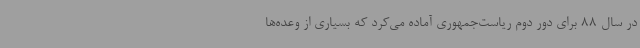
در سال 88 برای دور دوم ریاست‌جمهوری آماده می‌کرد که بسیاری از وعده‌ها